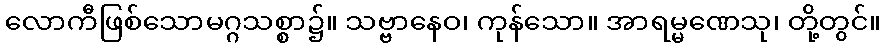
လောကီဖြစ်သောမဂ္ဂသစ္စာ၌။ သဗ္ဗာနေဝ၊ ကုန်သော။ အာရမ္မဏေသု၊ တို့တွင်။